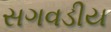
સગવડીય